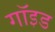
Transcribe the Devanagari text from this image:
गॉइड